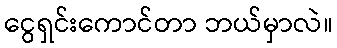
ငွေရှင်းကောင်တာ ဘယ်မှာလဲ။